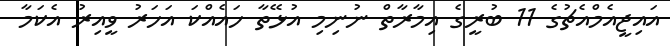
އައިޖީއެމްއެޗުގެ 11 ބުރީގެ އިމާރާތް ނުނިމި އުޅޭތާ ހައެއްކަ އަހަރު ވީއިރު އެކަމާ